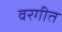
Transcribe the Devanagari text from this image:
वरगीत